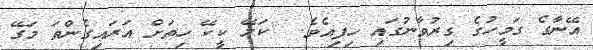
އޭނާގެ ގަމީހުގެ ގިރުވާނުގައި ހިފިއެވެ.  ކަލޭ ކީކޭ ހިތަށް އަރައިގެންތަ މަގޭ